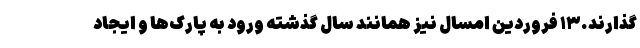
گذارند.۱۳ فروردین امسال نیز همانند سال گذشته ورود به پارک‌ها و ایجاد